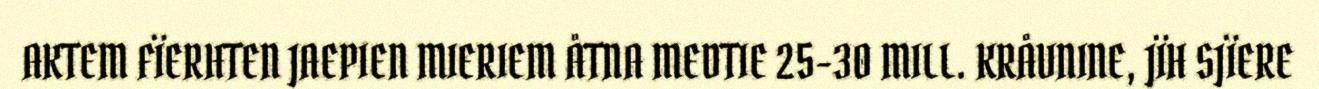
AKTEM FÏERHTEN JAEPIEN MIERIEM ÅTNA MEDTIE 25-30 MILL. KRÅVNINE, JÏH SJÏERE